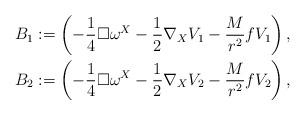
LaTeX: \begin{align*}B_1&:=\left(-\frac{1}{4}\Box\omega^X-\frac{1}{2}\nabla_X V_1-\frac{M}{r^2} fV_1\right),\\B_2&:=\left(-\frac{1}{4}\Box\omega^X-\frac{1}{2}\nabla_X V_2-\frac{M}{r^2} fV_2\right),\end{align*}